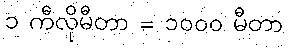
၁ ကီလိုမီတာ = ၁၀၀၀ မီတာ